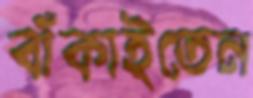
বাঁকাইতেন